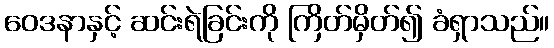
ဝေဒနာနှင့် ဆင်းရဲခြင်းကို ကြိတ်မှိတ်၍ ခံရှာသည်။